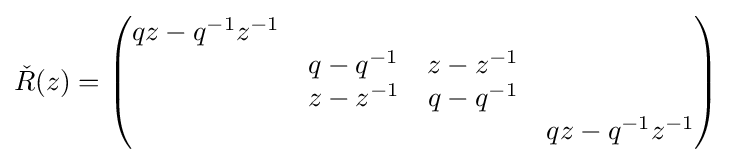
{\check {R}}(z)={\begin{pmatrix}qz-q^{-1}z^{-1}&&&\\&q-q^{-1}&z-z^{-1}&\\&z-z^{-1}&q-q^{-1}&\\&&&qz-q^{-1}z^{-1}\end{pmatrix}}